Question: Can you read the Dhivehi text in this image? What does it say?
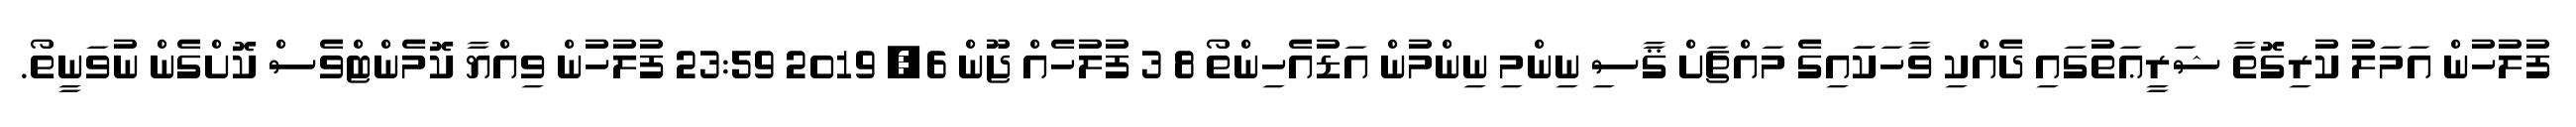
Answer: ފުލުހުން އަމަލު ކުރިގޮތާ ޝަރީޢަތުގައި ދެއްކި ވާހަކަައިގެ މައްޗަށް ޤާސި ނިންމި ނިންމުން އަޑުއެހިންތޯ 8 3 ފުލުހެއް ޖޫން 6, 2019 23:59 ފުލުހުން ވިއްޔާ ކޮމެންޓްވެސް ކޮށްގެން ނުވަނީތޯ.